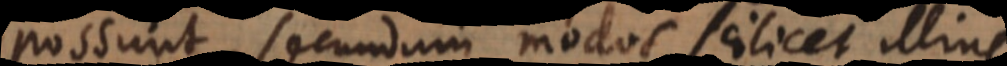
possunt, secundum modos scilicet illius